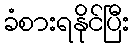
ခံစားရနိုင်ပြီး